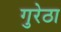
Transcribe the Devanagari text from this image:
गुरेठा